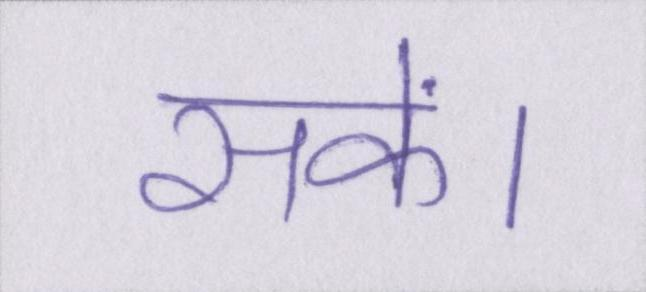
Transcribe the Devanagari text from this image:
सकें।